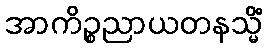
အာကိဉ္စညာယတနသ္မိံ